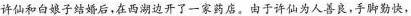
许仙和白娘子结婚后，在西湖边开了一家药店。由于许仙为人善良，手脚勤快，